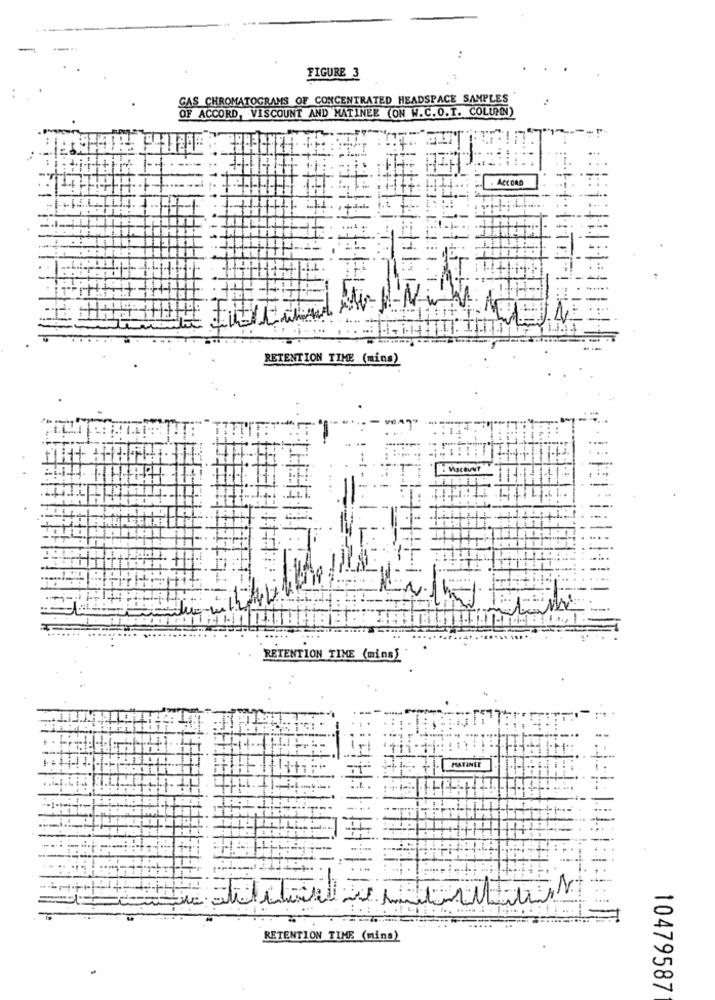
FIGURE 3
GAS CHROMATOGRAMS OF CONCENTRATED HEADSPACE SAMPLES
ACCORD, VISCOUNT AND MATINEE (ON W.C.O.T. COLUMN)
ACCORD
RETENTION TIME (mins)
RETENTION TIME (mins)
MATINEE
TIT.
.. ..
RETENTION TIME (mins)
10479587